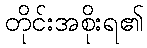
တိုင်းအစိုးရ၏